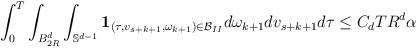
LaTeX: \begin{align*}\begin{aligned}& \int_0^T \int_{B_{2R}^d} \int_{\mathbb{S}^{d-1}}\mathbf{1}_{(\tau,v_{s+k+1},\omega_{k+1}) \in \mathcal{B}_{II}}d\omega_{k+1} dv_{s+k+1} d\tau \leq C_d T R^d \alpha\end{aligned}\end{align*}